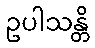
ဥပါသန္တိ